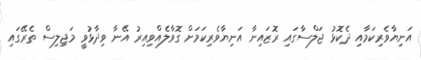
އަނިޔާވެރިކަމާއި ދެކޮޅު ޖަލްސާގައި ރޮޒައިނާ އަނިޔާވެރިކަމަށް ގޮވާލެއްވިއިރު އޭނާ ވިދާޅުވީ މަޖިލިސް ތެރޭގައި